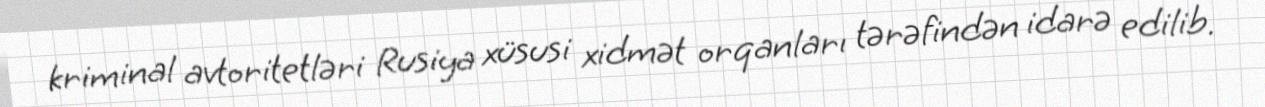
kriminal avtoritetləri Rusiya xüsusi xidmət orqanları tərəfindən idarə edilib.